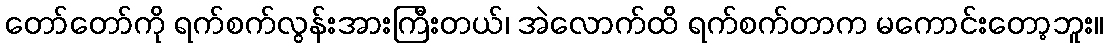
တော်တော်ကို ရက်စက်လွန်းအားကြီးတယ်၊ အဲလောက်ထိ ရက်စက်တာက မကောင်းတော့ဘူး။